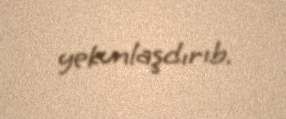
yekunlaşdırıb.